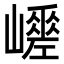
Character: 𡾑